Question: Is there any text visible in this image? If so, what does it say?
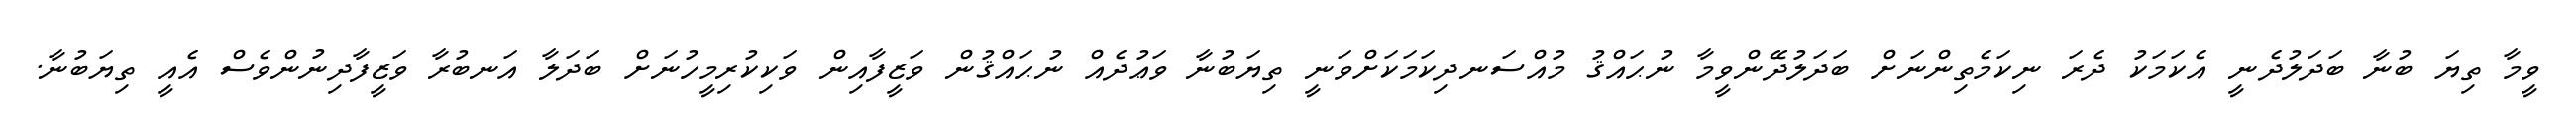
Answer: ވީމާ ތިޔަ ބުނާ ބަދަލުދެނީ އެކަމަކު ދެރަ ނިކަމެތިންނަށް ބަދަލުދޭންވީމާ ނުޙައްޤު މުއްސަނދިކަމަކަށްވަނީ ތިޔަބުނާ ވަޢުދެއް ނުޙައްޤުން ވަޒީފާއިން ވަކިކުރިމީހުނަށް ބަދަލާ އަނބުރާ ވަޒީފާދިނުންވެސް އެއީ ތިޔަބުނާ.